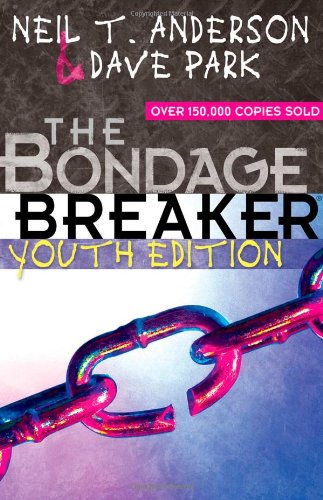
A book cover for The Bondage Breaker Youth Edition; Neil T. Anderson; Christian Books & Bibles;